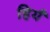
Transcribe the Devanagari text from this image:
हियँ